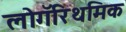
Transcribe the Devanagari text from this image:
लोगॅरिथमिक